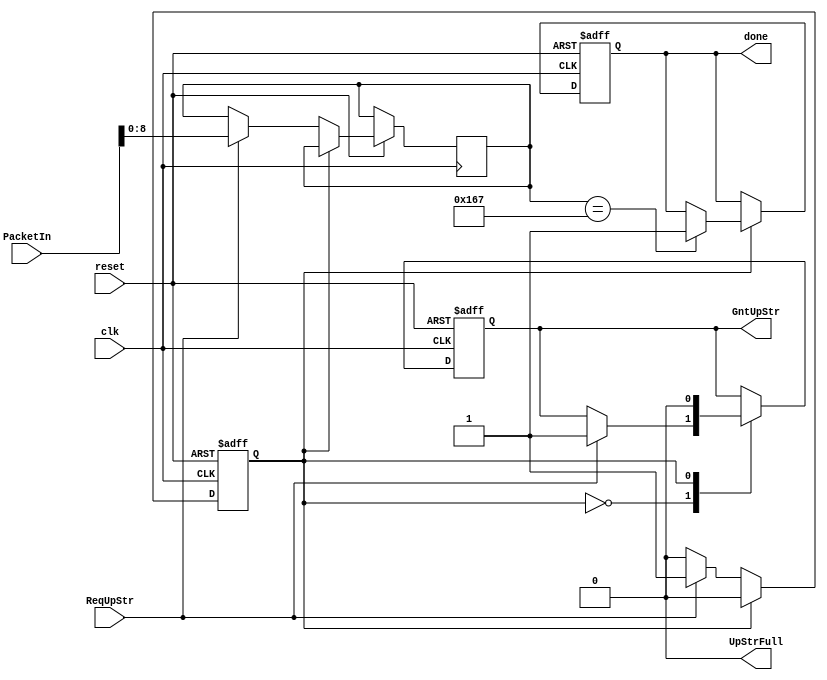

module Collector_010_010
(
clk, 
reset, 
PacketIn, 
UpStrFull, 
ReqUpStr, 
GntUpStr,
done
);
 // ------------------------ Parameter Declarations --------------------------- //
parameter routerID = 6'b010_010; 
parameter ModuleID =6'b010_010;
parameter packetwidth = 56;
parameter 	WAIT_REQ=1'b0,RECEIVE_DATA=1'b1;
// ------------------------ Inputs Declarations ------------------------------ //
input clk;
input reset;
input ReqUpStr;
output UpStrFull; 
output GntUpStr;  
output reg done=0;

input [packetwidth-1:0] PacketIn;
// --------------------------- Wire Declarations ----------------------------- //
wire clk;
wire reset;
wire ReqUpStr; 
wire [packetwidth-1:0] PacketIn;
// ------------------------ Registers Declarations --------------------------- //
reg UpStrFull;
reg GntUpStr;  
reg [packetwidth-1:0] dataBuf;
reg [8:0]     data;
reg [9:0]     PacketID;
reg [15:0]    CYCLE_COUNTER;  
reg  STATE_Collector; 
reg [5:0] SenderID;
initial 
   begin 
		PacketID 	<= 0; UpStrFull <= 0; GntUpStr		<=0;
		CYCLE_COUNTER <= 0;	SenderID <= 0; STATE_Collector <= WAIT_REQ;
   end

always @(posedge clk)
   begin 
   CYCLE_COUNTER = CYCLE_COUNTER + 1'b1;   
   end	
//###########################   Modules(PEs) Collector ################################### 
always @(posedge clk or negedge reset)
  begin
    if( !reset)  
      begin 
		PacketID 	<= 0; UpStrFull <= 0; GntUpStr		<=0;
		CYCLE_COUNTER <= 0;	SenderID <= 0; STATE_Collector <= WAIT_REQ;
		done<=0;
      end
	else 
		begin 
			UpStrFull <=0; 
				case(STATE_Collector)
				WAIT_REQ:
					begin
						if(ReqUpStr) 
							begin
						    STATE_Collector <= RECEIVE_DATA;	
						    GntUpStr	<=1;
							PacketID 	<= PacketIn[24 : 15];
							SenderID	<= PacketIn[14 : 9];
							data        <= PacketIn[8 : 0 ];
							
							end			
					end//WAIT_REQ
				RECEIVE_DATA:
					begin
						GntUpStr		<=0;
						STATE_Collector <= WAIT_REQ;
						if(data==9'b101100111)
						      done<=1;
					end // RECEIVE_DATA
				 endcase	
    end // else
  end // always 
endmodule